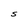
Character: S